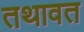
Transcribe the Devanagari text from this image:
तथावत